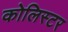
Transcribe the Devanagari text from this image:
कोलिस्टर